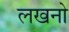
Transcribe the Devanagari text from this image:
लखनो